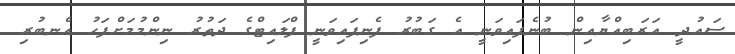
ސައުދީ އަރަބިއްޔާއިން ބުނެފައިވަނީ އެ ގަބުރު ފެނިފައިވަނީ ފްލައިޓްގެ ދަތުރު ނިންމުމަށްފަހު އެނބުރި